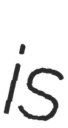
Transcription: is